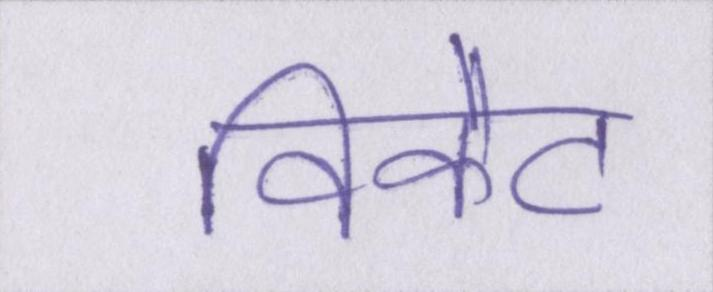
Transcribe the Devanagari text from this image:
विकेट